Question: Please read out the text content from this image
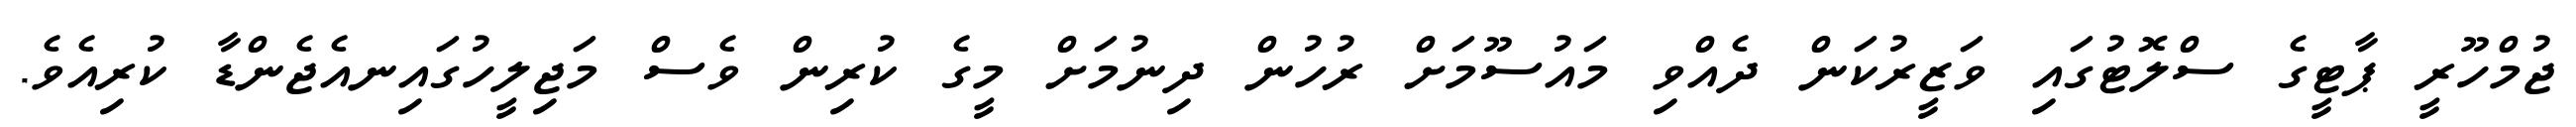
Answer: ޖުމްހޫރީ ޕާޓީގެ ސްލޮޓުގައި ވަޒީރުކަން ދެއްވި މައުސޫމަށް ރުހުން ދިނުމަށް މީގެ ކުރިން ވެސް މަޖިލީހުގައިނއެޖެންޑާ ކުރިއެވެ.